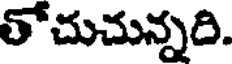
తోచుచున్నది.